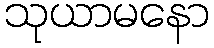
သုယာမနော